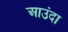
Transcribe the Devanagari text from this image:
आउंदा